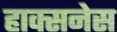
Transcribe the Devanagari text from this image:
हाक्सनेस